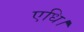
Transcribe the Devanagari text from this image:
एधि।